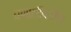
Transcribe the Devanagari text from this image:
प्रणालींकरीता